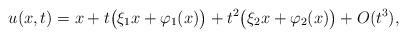
LaTeX: \begin{align*}u(x,t) &= x + t \big(\xi_1 x + \varphi_1(x)\big) + t^2 \big(\xi_2 x + \varphi_2(x)\big) + O(t^3), \end{align*}